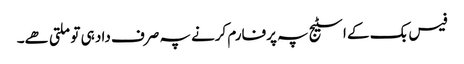
فیس بک کے اسٹیج پہ پرفارم کرنے پہ صرف داد ہی تو ملتی ھے۔